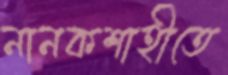
নানকশাহীতে